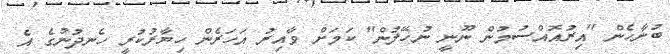
ބުނާހެން "އިރުއޮއްސުމުން ނޫނީ ނުހޭލުން" ކަމަށް ވާއިރު އަހަރެން ހިޔާރުކުރީ ހެނދުނުގެ އެ